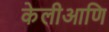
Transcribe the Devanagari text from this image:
केलीआणि